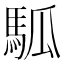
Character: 𩢍